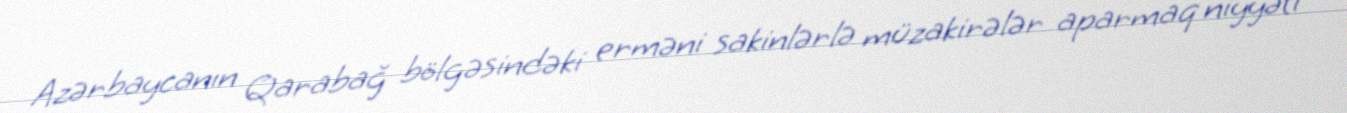
Azərbaycanın Qarabağ bölgəsindəki erməni sakinlərlə müzakirələr aparmaq niyyəti